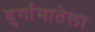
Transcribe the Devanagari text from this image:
दुर्गामातेला